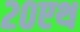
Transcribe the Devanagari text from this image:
२०एथ